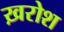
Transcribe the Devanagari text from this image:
ख़रोश